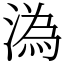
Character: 溈